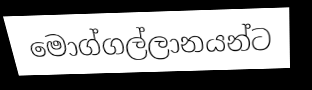
මොග්ගල්ලානයන්ට